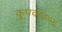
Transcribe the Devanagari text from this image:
कुपवाड५६